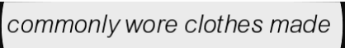
commonly wore clothes made